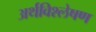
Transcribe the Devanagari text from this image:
अर्थविश्लेषण